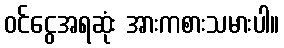
ဝင်ငွေအရဆုံး အားကစားသမားပါ။